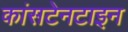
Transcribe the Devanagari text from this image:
कांसटेनटाइन